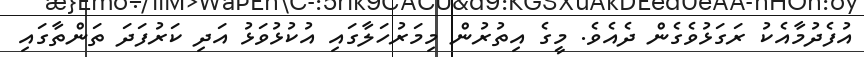
އުފެދުމާއެކު ރަގަޅުވެގެން ދެއެވެ. މީގެ އިތުރުން މިމަރުހަލާގައި އުކުޅުވަޅު އަދި ކަރުފަދަ ތަންތާގައި